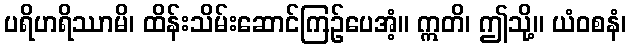
ပရိဟရိဿာမိ၊ ထိန်းသိမ်းဆောင်ကြဉ်ပေအံ့။ ဣတိ၊ ဤသို့။ ယံဝစနံ၊